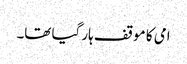
امی کا موقف ہار گیا تھا۔